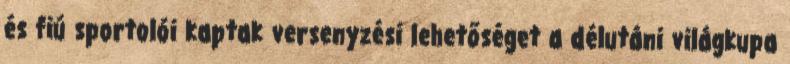
és fiú sportolói kaptak versenyzési lehetőséget a délutáni világkupa